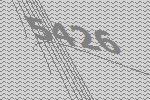
5426